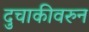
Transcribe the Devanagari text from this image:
दुचाकीवरुन